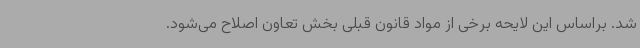
شد. براساس این لایحه برخی از مواد قانون قبلی بخش تعاون اصلاح می‌شود.